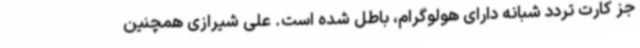
جز کارت تردد شبانه دارای هولوگرام، باطل شده است. علی شیرازی همچنین